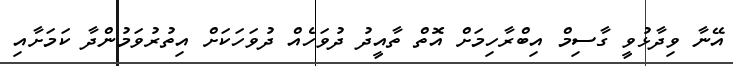
އޭނާ ވިދާޅުވީ ގާސިމް އިބްރާހިމަށް އޮތް ތާއީދު ދުވަހެއް ދުވަހަކަށް އިތުރުވަމުންދާ ކަމަށާއި